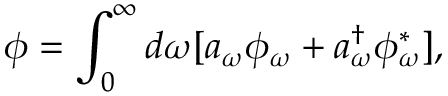
\phi = \int _ { 0 } ^ { \infty } d \omega [ a _ { \omega } \phi _ { \omega } + a _ { \omega } ^ { \dagger } \phi _ { \omega } ^ { \ast } ] ,